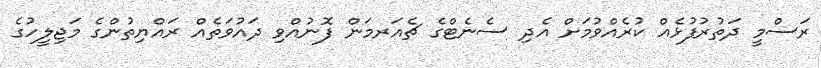
ރަސްމީ ދަތުރުފުޅެއް ކުރެއްވުމަށް އެދި ސެނެޓްގެ ޗެއަރމަން ފޮނުއްވިި ދައުވަތެއް ރައްޔިތުންގެ މަޖިލީހުގެ